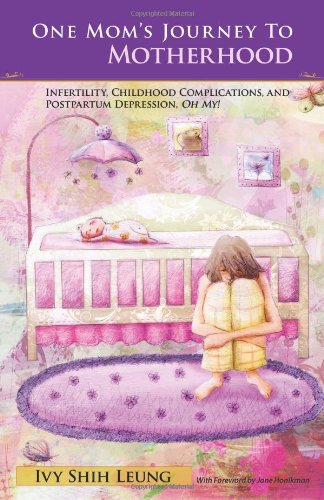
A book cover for One Mom's Journey to Motherhood: Infertility, Childbirth Complications, and Postpartum Depression, "Oh My!"; Ivy Shih Leung; Health, Fitness & Dieting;